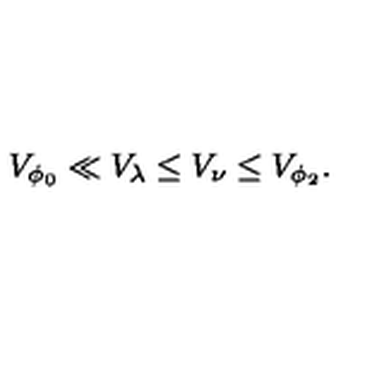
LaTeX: V _ { \phi _ { 0 } } \ll V _ { \lambda } \leq V _ { \nu } \leq V _ { \phi _ { 2 } } .